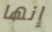
إنها